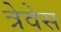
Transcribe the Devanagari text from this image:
त्रेवेस